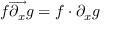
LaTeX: f { \overrightarrow { \partial _ { x } } } g = f \cdot \partial _ { x } g